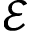
\mathcal { E }